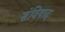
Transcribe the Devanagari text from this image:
संविषाद